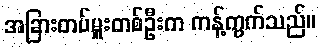
အခြားတပ်မှူးတစ်ဦးက ကန့်ကွက်သည်။